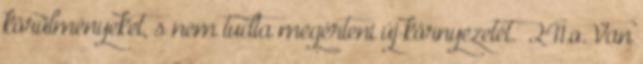
körülményeket, s nem tudta megérteni új környezetét.” 241.o. Van